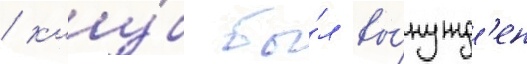
/ клу́б бы́л вы́нужд'ен